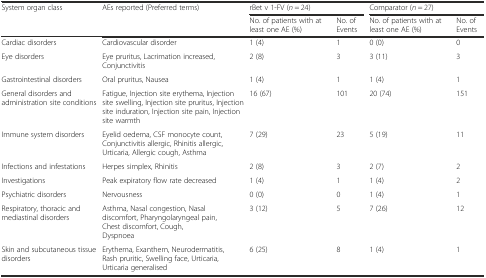
| <ROWSPAN=2> System organ class | <ROWSPAN=2> AEs reported (Preferred terms) | <COLSPAN=2> rBet v 1-FV (n = 24) | <COLSPAN=2> Comparator (n = 27) |
 | No. of patients with at least one AE (%) | No. of Events | No. of patients with at least one AE (%) | No. of Events |
 | --- | --- | --- | --- | --- | --- |
 | Cardiac disorders | Cardiovascular disorder | 1 (4) | 1 | 0 (0) | 0 |
 | Eye disorders | Eye pruritus, Lacrimation increased, Conjunctivitis | 2 (8) | 3 | 3 (11) | 3 |
 | Gastrointestinal disorders | Oral pruritus, Nausea | 1 (4) | 1 | 1 (4) | 1 |
 | General disorders and administration site conditions | Fatigue, Injection site erythema, Injection site swelling, Injection site pruritus, Injection site induration, Injection site pain, Injection site warmth | 16 (67) | 101 | 20 (74) | 151 |
 | Immune system disorders | Eyelid oedema, CSF monocyte count, Conjunctivitis allergic, Rhinitis allergic, Urticaria, Allergic cough, Asthma | 7 (29) | 23 | 5 (19) | 11 |
 | Infections and infestations | Herpes simplex, Rhinitis | 2 (8) | 3 | 2 (7) | 2 |
 | Investigations | Peak expiratory flow rate decreased | 1 (4) | 1 | 1 (4) | 2 |
 | Psychiatric disorders | Nervousness | 0 (0) | 0 | 1 (4) | 1 |
 | Respiratory, thoracic and mediastinal disorders | Asthma, Nasal congestion, Nasal discomfort, Pharyngolaryngeal pain, Chest discomfort, Cough, Dyspnoea | 3 (12) | 5 | 7 (26) | 12 |
 | Skin and subcutaneous tissue disorders | Erythema, Exanthem, Neurodermatitis, Rash pruritic, Swelling face, Urticaria, Urticaria generalised | 6 (25) | 8 | 1 (4) | 1 |